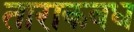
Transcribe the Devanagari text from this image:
ताराकवध